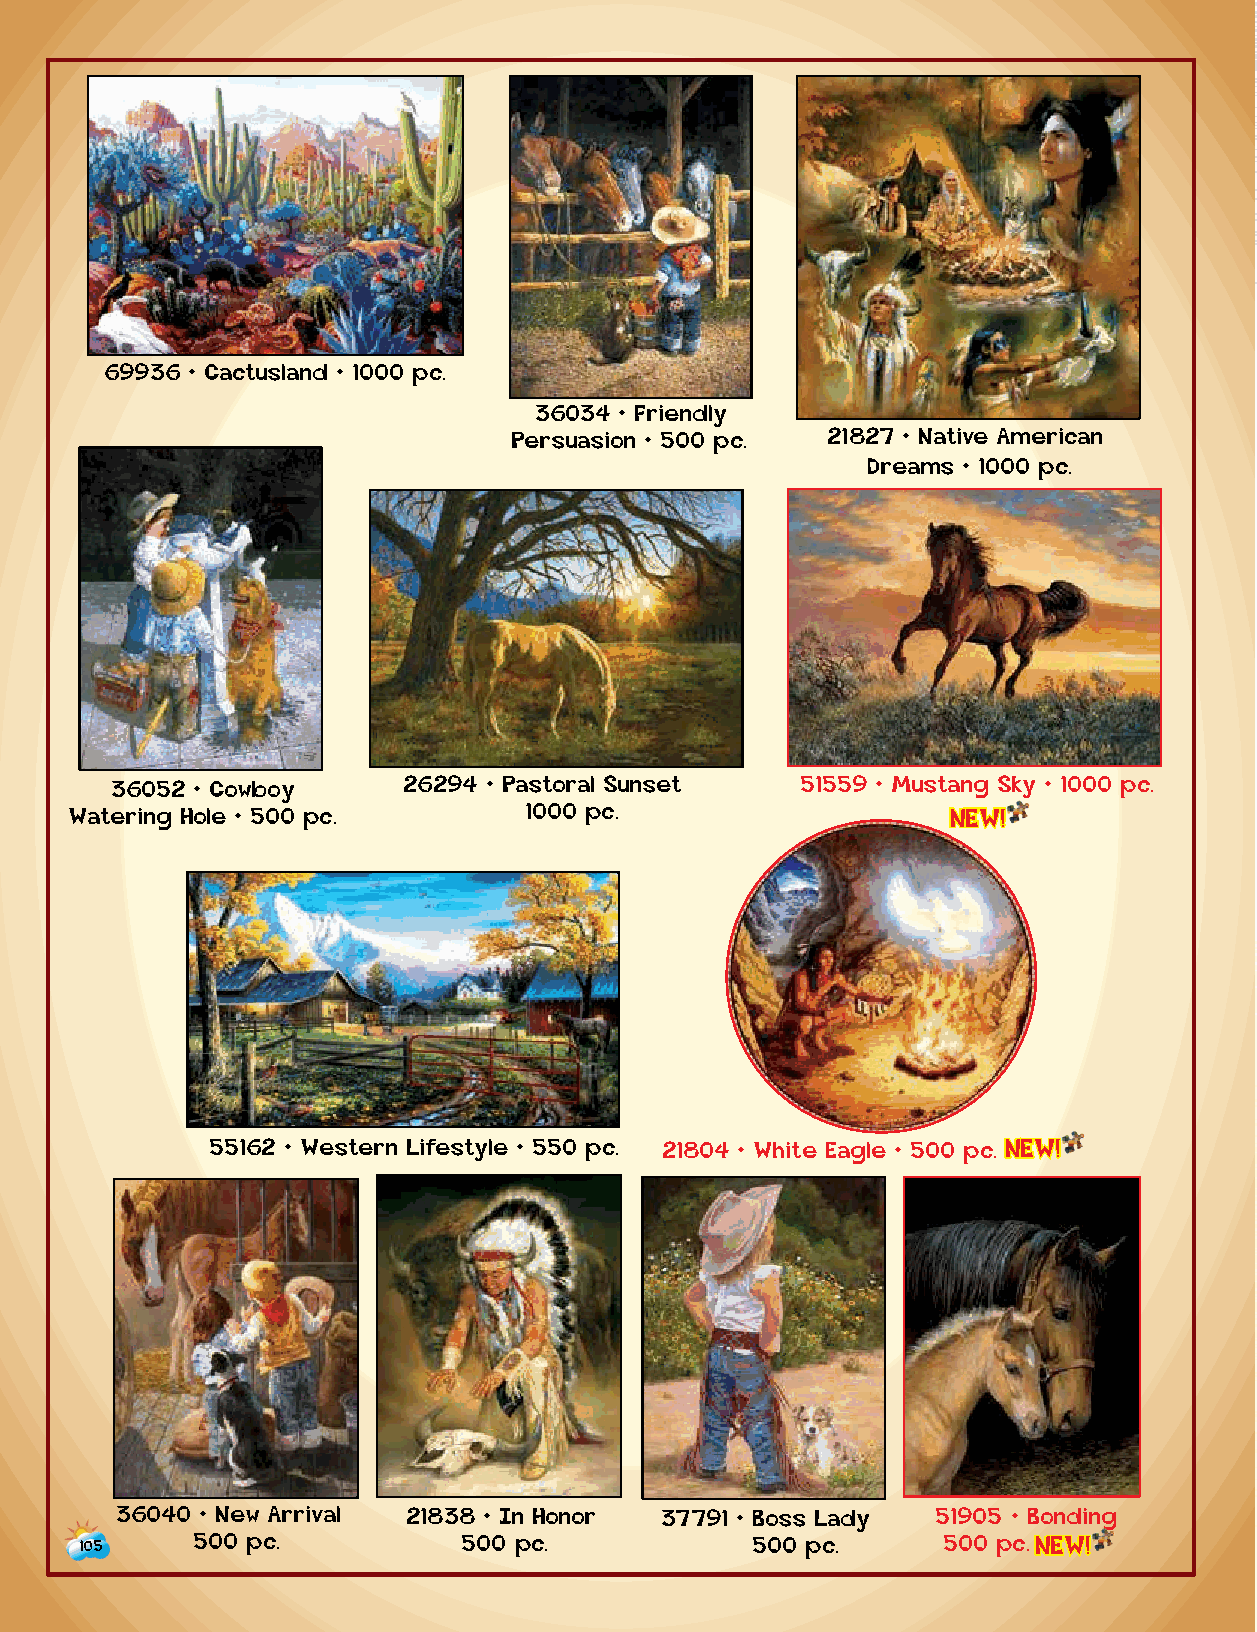
69936 • Cactusland • 10 0 0 pc.
 36034 • Friendly
 Persuasion • 500 pc. 21827 • Native American
 Dreams • 1000 pc.
 36052 • Cowboy      26294 • Pastoral Sunset   51559 • Mustang Sky • 1000 pc.
 Watering Hole • 500 pc.       1000 pc.                    NEW!
 20144 • Birth of a
 Fire Dragon • 1000 pc.
 55162 • Western Lifestyle • 550 pc. 21804 • White Eagle • 500 p c . NEW!
 75024 • Sleeping Mermaids
 1000 pc.
 36040 • New Arrival 21838 • In Hono r 37791 • Boss Lady 51905 • Bonding
 105     500 pc.           5 0 0 p c .        500 pc.      500 p c . NEW!